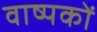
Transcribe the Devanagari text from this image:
वाष्पकों